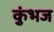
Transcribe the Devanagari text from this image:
कुंभज